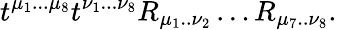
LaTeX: t^{\mu_{1}...\mu_{8}}t^{\nu_{1}...\nu_{8}}R_{\mu_{1}..\nu_{2}}\ldots R_{\mu_{7}..\nu_{8}}.